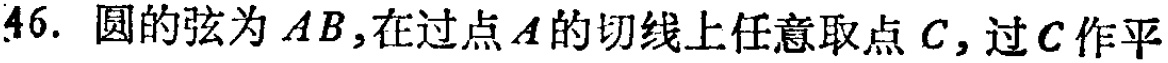
46. 圆的弦为 \(AB\)，在过点 \(A\) 的切线上任意取点 \(C\)，过 \(C\) 作平